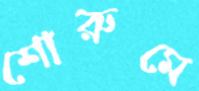
শোরুমে